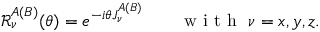
\begin{array} { r } { \mathcal { R } _ { \nu } ^ { A ( B ) } ( \theta ) = e ^ { - i \theta J _ { \nu } ^ { A ( B ) } } \qquad \mathrm { ~ w ~ i ~ t ~ h ~ } \ \nu = x , y , z . } \end{array}